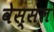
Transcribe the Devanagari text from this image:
वेस्सल